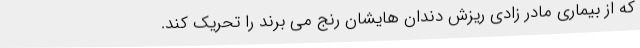
که از بیماری مادر زادی ریزش دندان هایشان رنج می برند را تحریک کند.